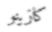
كازينو